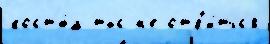
кост'ю́м тыс н'е отб'и́тьс'я